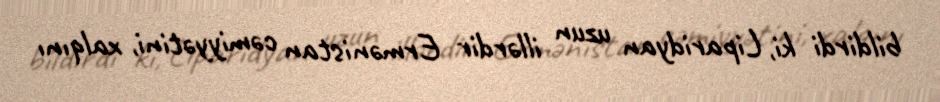
bildirdi ki, Liparidyan uzun illərdir Ermənistan cəmiyyətini, xalqını